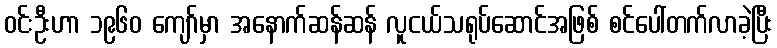
ဝင်းဦးဟာ ၁၉၆၀ ကျော်မှာ အနောက်ဆန်ဆန် လူငယ်သရုပ်ဆောင်အဖြစ် စင်ပေါ်တက်လာခဲ့ပြီး